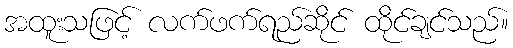
အထူးသဖြင့် လက်ဖက်ရည်ဆိုင် ထိုင်ချင်သည်။